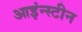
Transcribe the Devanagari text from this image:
आइंन्स्टीन